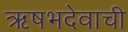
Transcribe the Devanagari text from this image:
ऋषभदेवाची